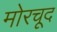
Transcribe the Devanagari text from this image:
मोरचूद